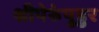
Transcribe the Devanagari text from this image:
श्रीपेरुंपुडुर